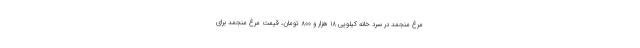
مرغ منجمد در سرد خانه کیلویی ۱۸ هزار و ۸۰۰ تومان، قیمت مرغ منجمد برای